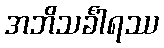
အဘိသင်္ခါရဿ